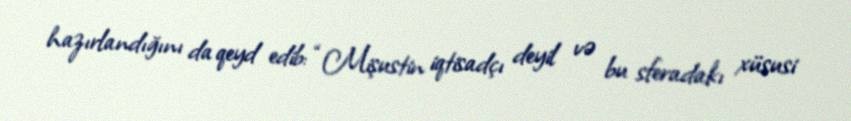
hazırlandığını da qeyd edib: “Mişustin iqtisadçı deyil və bu sferadakı xüsusi